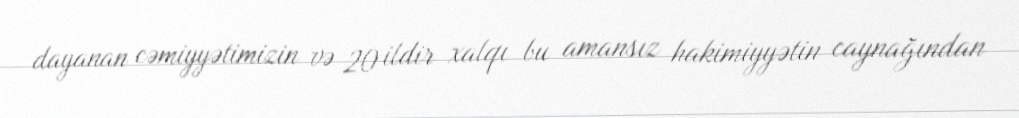
dayanan cəmiyyətimizin və 20 ildir xalqı bu amansız hakimiyyətin caynağından